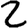
Digit: 2